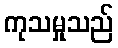
ကုသမှုသည်